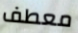
معطف